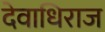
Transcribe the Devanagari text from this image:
देवाधिराज